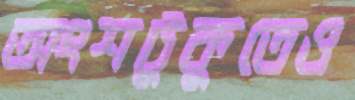
অংশটুকুতেও